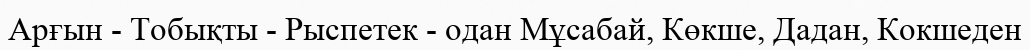
Арғын - Тобықты - Рыспетек - одан Мұсабай, Көкше, Дадан, Кокшеден